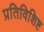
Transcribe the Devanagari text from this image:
प्रतिविशिष्ट